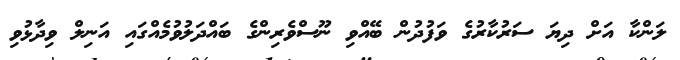
ލަންކާ އަށް ދިޔަ ސަރުކާރުގެ ވަފުދުން ބޭއްވި ނޫސްވެރިންގެ ބައްދަލުވުމެއްގައި އަނިލް ވިދާޅުވި